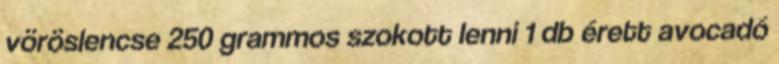
vöröslencse 250 grammos szokott lenni 1 db érett avocadó